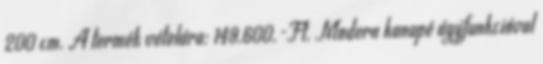
200 cm. A termék vételára: 149.600.-Ft. Modern kanapé ágyfunkcióval